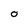
Character: O